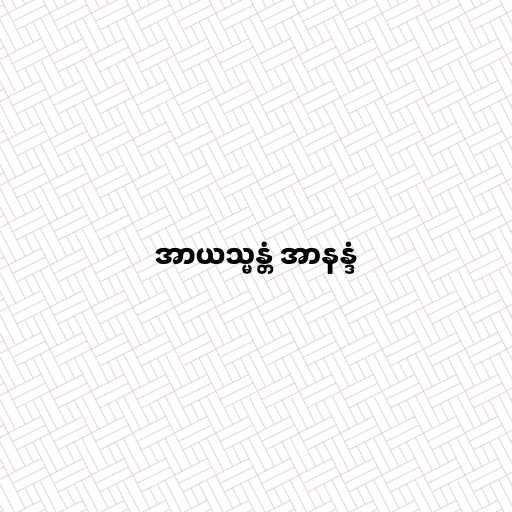
အာယသ္မန္တံ အာနန္ဒံ